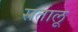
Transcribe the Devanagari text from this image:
सतालू